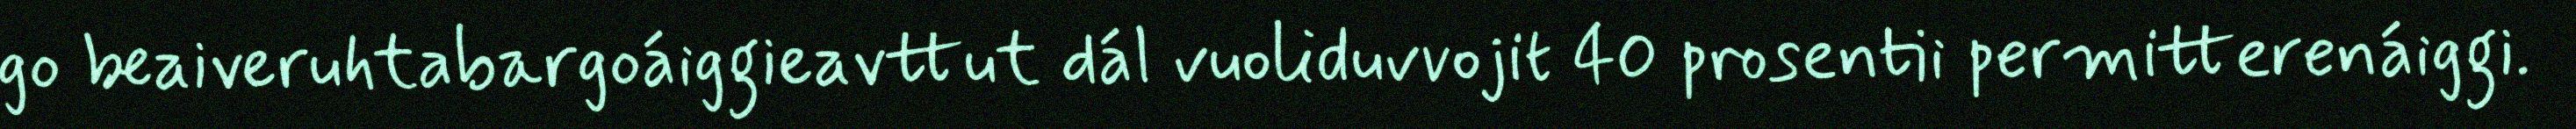
go beaiveruhtabargoáiggieavttut dál vuoliduvvojit 40 prosentii permitterenáiggi.